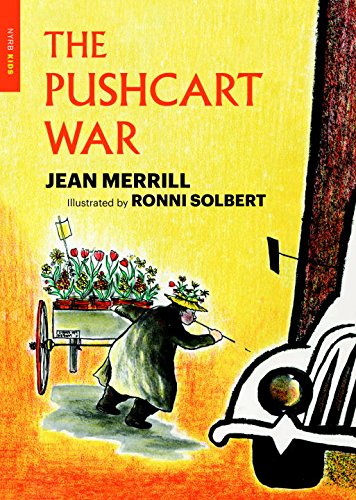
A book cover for The Pushcart War (New York Review Children's Collection); Jean Merrill; Children's Books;